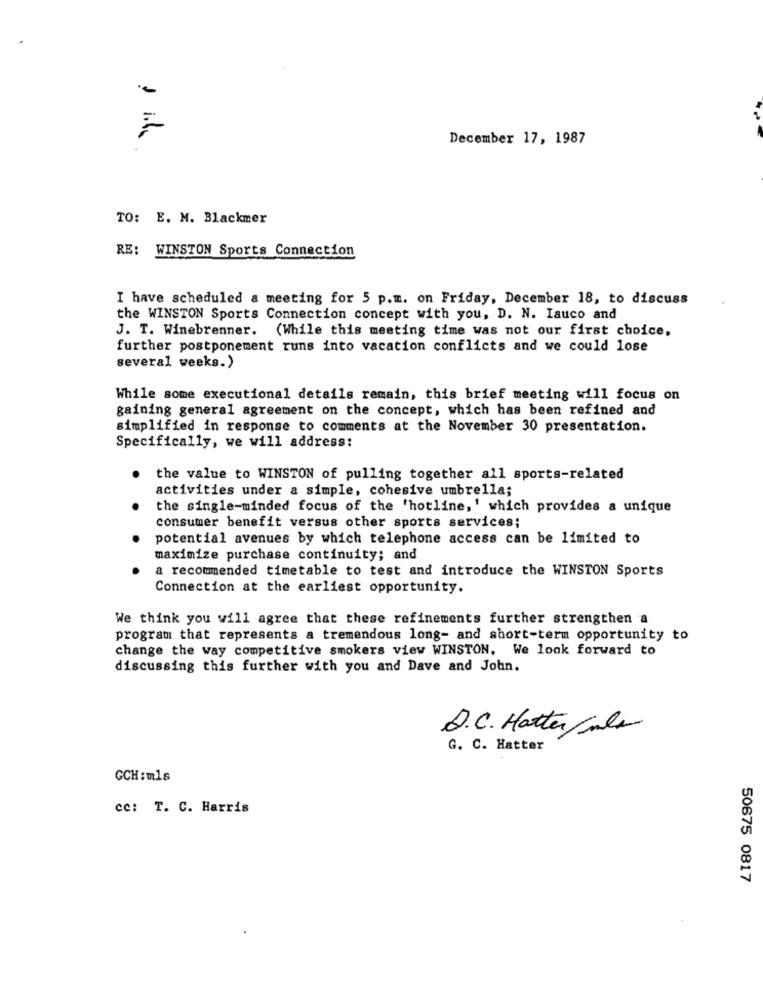
December 17, 1987
TO: E. M. Blackmer
RE: WINSTON Sports Connection
I have scheduled a meeting for 5 p.m. on Friday, December 18, to discuss
the WINSTON Sports Connection concept with you, D. N. Iauco and
J. T. Winebrenner. (While this meeting time was not our first choice,
further postponement runs into vacation conflicts and we could lose
several weeks.)
While some executional details remain, this brief meeting will focus on
gaining general agreement on the concept, which has been refined and
simplified in response to comments at the November 30 presentation.
Specifically, we will address:
the value to WINSTON of pulling together all sports-related
activities under a simple, cohesive umbrella;
the single-minded focus of the 'hotline, ' which provides a unique
consumer benefit versus other sports services;
potential avenues by which telephone access can be limited to
maximize purchase continuity; and
a recommended timetable to test and introduce the WINSTON Sports
Connection at the earliest opportunity.
We think you will agree that these refinements further strengthen a
program that represents a tremendous long- and short-term opportunity to
change the way competitive smokers view WINSTON. We look forward to
discussing this further with you and Dave and John.
D.C. Hatter/ala
G. C. Hatter
GCH:mls
ce: T. C. Harris
50675 0817